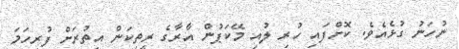
ނުހަނު ގުޅެއެވެ. ކޮށްފައި ހުރި ލުއި މޭކަޕުން އާރާގެ ރީތިކަން އިތުރަށް ފުރިހަމަ